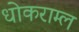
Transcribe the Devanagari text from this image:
धोकराम्ल